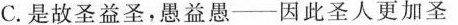
C. 是故圣益圣，愚益愚——因此圣人更加圣